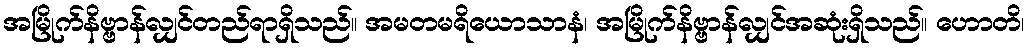
အမြိုက်နိဗ္ဗာန်လျှင်တည်ရာရှိသည်။ အမတမရိယောသာနံ၊ အမြိုက်နိဗ္ဗာန်လျှင်အဆုံးရှိသည်။ ဟောတိ၊